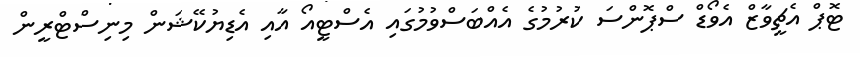
ޓޮޕް އެޗީވާޒް އެވޯޑް ސްޕޮންސަ ކުރުމުގެ އެއްބަސްވުމުގައި އެސްޓީއޯ އާއި އެޑިޔުކޭޝަން މިނިސްޓްރީން